Civil Veterinary Dept. Bombay admin report 1907-1913 - 1907-1913
Year: 1907
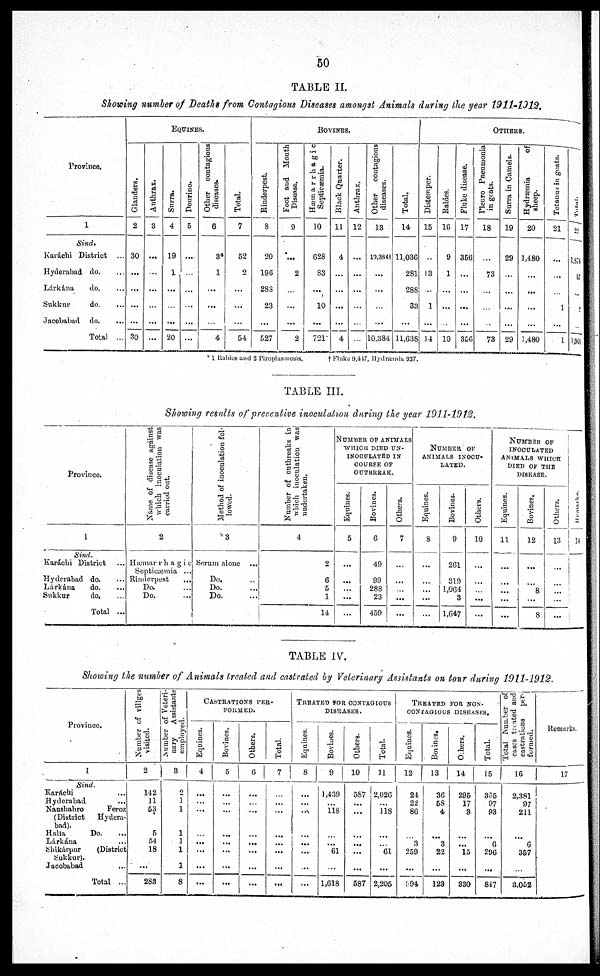
50
TABLE II.
Showing number of Deaths from Contagious Diseases amongst Animals during the year 1911-1912.
Province.
1
Sind.
Karáchi District ...
Hyderabad do. ...
Lárkána
do. ...
Sukkur
do. ...
Jacobabad
do. ...
Total ...
EQUINES
Glanders.
2
30
...
...
...
...
30
Anthrax.
3
...
...
...
...
...
...
Surra.
4
19
1
...
...
...
20
Dourino.
5
...
...
...
...
...
...
Other contagious
discases.
6
3*
1
...
...
...
4
Total.
7
62
2
...
...
...
54
BOVINES.
Rinderpest.
8
20
196
283
23
...
527
Foot and Mouth
Disease.
9
...
2
...
...
...
2
Hæmarrhagic
Septicæmia.
10
628
83
...
10
...
721
Black Quarter.
11
4
...
...
...
...
4
Anthrax.
12
...
...
...
...
...
...
Other
contagious
diseases.
13
19,384†
...
...
...
...
10,384
Total.
14
11,036
281
288
33
...
11,638
OTHERS.
Distemper.
15
...
13
...
1
...
14
Babies.
16
9
1
...
...
...
10
Fluke disease.
17
356
...
...
...
...
35G
Pleuro Pneumonia
in goats.
18
...
73
...
...
...
73
Surra in Camels.
19
29
...
...
...
...
29
Hydræmia
of
sheep.
20
1,480
...
...
...
...
1,480
Tetanus in goats.
21
...
...
...
1
...
1
Total.
22
1,874
87
...
1
...
1,963
* 1 Rabies and 2 Piroplasmosis. † Fluke 9,447, Hydræmia. 937.
TABLE III.
Showing results of preventive inoculation during the year 1911-1912.
Province.
1
Sind.
Karachi District ...
Hyderabad do. ...
Lárkána
do. ...
Sukkur
do. ...
Total ...
Name of disease against
which inoculation was
carried out.
2
Hæmarrhagic
Septicæmia ...
Rinderpest
...
Do. ...
Do. ...
Method of inoculation fol-
lowed.
3
Serum alone ...
Do. ...
Do. ...
Do. ...
Number of outbreaks in
which inoculation was
undertaken.
4
2
6
5
1
14
NUMBER OF ANIMALS
WHICH DIED UN-
INOCULATED IS
COURSE OF
OUTBREAK.
Equines.
5
...
...
...
...
...
Bovines.
6
49
99
288
23
459
Others.
7
...
...
...
...
...
NUMBER OF
ANIMALS INOCU-
LATED.
Equines.
8
...
...
...
...
...
Bovines.
9
261
319
1,064
3
1,647
Others.
10
...
...
...
...
...
NUMBER OF
INOCULATED
ANIMALS WHICH
DIED OF THE
DISEASE.
Equines.
11
...
...
...
...
...
Bovines.
12
...
...
8
...
8
Others.
13
...
...
...
...
...
Remarks.
14
TABLE IV.
Showing the number of Animals treated and castrated by Veterinary Assistants on tour during 1911-1912.
Province.
1
Sind.
Karáchi ...
Hyderabad ...
Naushahro
Feroz
(District
Hydera-
bad).
Halla
Do. ...
Lárkána ...
Shikárpur
(District
Sukkur).
Jacobabad
...
Total ...
Number of villges
visited.
2
142
11
53
5
54
18
...
283
Number
of Veteri-
nary
Assistants
employed.
3
2
1
1
1
2
1
1
8
CASTRATION
PER-
FORMED.
Equines.
4
...
...
...
...
...
...
...
...
Bovines.
5
...
...
...
...
...
...
...
...
Others.
6
...
...
...
...
...
...
...
...
Total.
7
...
...
...
...
...
...
...
...
TREATED TOR CONTAGIOUS
DISEASES.
Equines.
8
...
...
...
...
...
...
...
...
Bovines.
9
1,439
...
118
...
...
61
...
1,618
Others.
10
58
...
...
...
...
...
...
587
Total.
11
2,026
...
118
...
...
61
...
2,205
TREATED FOR NON¬
CONTAGIOUS DISEASES.
Equines.
12
24
22
86
...
3
259
...
594
Bovines.
13
36
58
4
...
3
22
...
123
Others.
14
295
17
3
...
...
15
...
330
Total.
15
355
97
93
...
6
296
...
817
Total Number of
cases treated and
castrations per-
formed.
16
2,381
97
211
...
6
357
...
3,052
Remarks.
17